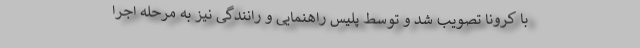
با کرونا تصویب شد و توسط پلیس راهنمایی و رانندگی نیز به مرحله اجرا